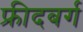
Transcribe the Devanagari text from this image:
फ्रीदबर्ग